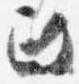
政